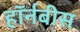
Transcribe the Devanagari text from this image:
हॉर्नबीस